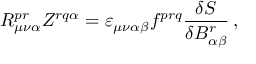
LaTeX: R _ { \mu \nu \alpha } ^ { p r } Z ^ { r q \alpha } = { \varepsilon } _ { \mu \nu \alpha \beta } f ^ { p r q } \frac { \delta { \cal S } } { \delta B _ { \alpha \beta } ^ { r } } \, ,